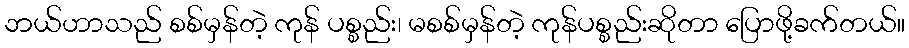
ဘယ်ဟာသည် စစ်မှန်တဲ့ ကုန် ပစ္စည်း၊ မစစ်မှန်တဲ့ ကုန်ပစ္စည်းဆိုတာ ပြောဖို့ခက်တယ်။